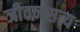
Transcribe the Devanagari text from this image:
जीवनसत्य